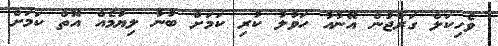
ވެހިކަލް ގަރާޖުން އޭނާއާ ހަވާލު ކުރި ކަމަށް ބުނާ ލިޔުމެއް އޮތް ކަމަށް